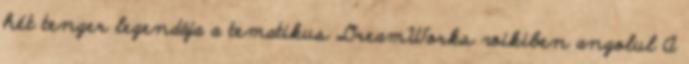
hét tenger legendája a tematikus DreamWorks wikiben angolul A